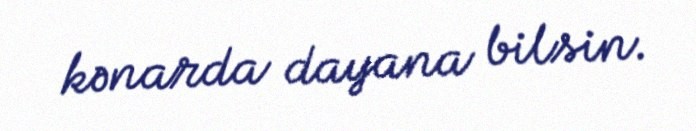
kənarda dayana bilsin.